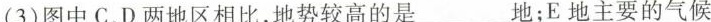
(3)图中C、D两地区相比，地势较高的是___地；E地主要的气候